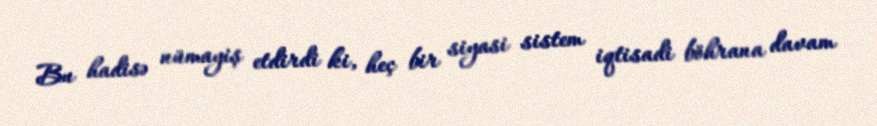
Bu hadisə nümayiş etdirdi ki, heç bir siyasi sistem iqtisadi böhrana davam